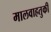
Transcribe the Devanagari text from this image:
मालवाहतुकी